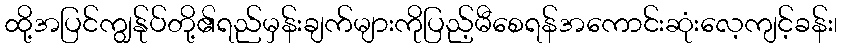
ထို့အပြင်ကျွန်ုပ်တို့၏ရည်မှန်းချက်များကိုပြည့်မီစေရန်အကောင်းဆုံးလေ့ကျင့်ခန်း၊